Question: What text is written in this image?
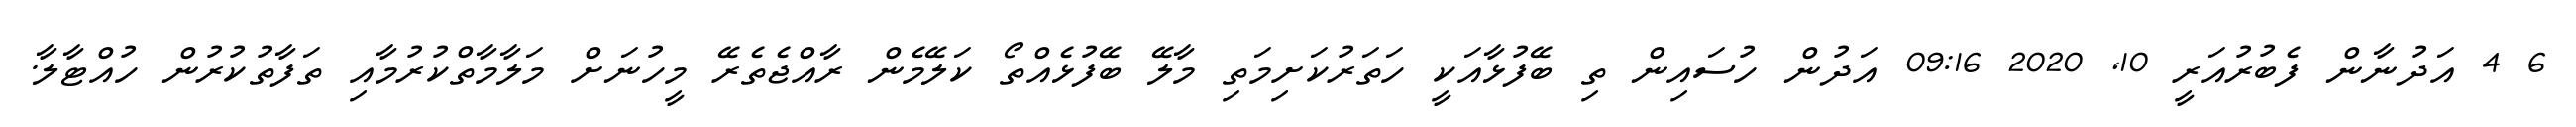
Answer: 6 4 އަދުނާން ފެބުރުއަރީ 10, 2020 09:16 އަދުން ހުސައިން ތި ބޭފުޅާއަކީ ހަތަރުކަށިމަތި މާލޭ ބޭފުޅެއްތޯ ކަލޭމެން ރާއްޖެތެރޭ މީހުނަށް މަލާމާތްކުރުމާއި ތަފާތުކުރުން ހުއްޓާލާ.